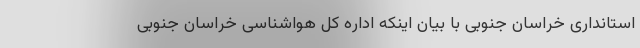
استانداری خراسان جنوبی با بیان اینکه اداره کل هواشناسی خراسان جنوبی